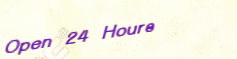
Open 24 Hours